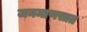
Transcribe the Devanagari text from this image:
जनमाणसात